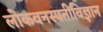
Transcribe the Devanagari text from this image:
लोकवनस्पतीविज्ञान